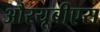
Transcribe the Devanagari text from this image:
औरयूबीएस